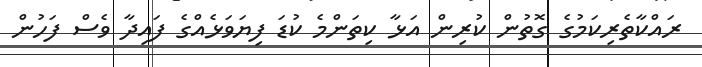
ރައްކާތެރިކަމުގެ ގޮތުން ކުރިން އަޅާ ކިތަންމެ ކުޑަ ފިޔަވަޅެއްގެ ފައިދާ ވެސް ފަހުން